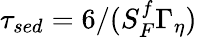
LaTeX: \tau_{sed}=6/(S_{F}^{f}\Gamma_{\eta})